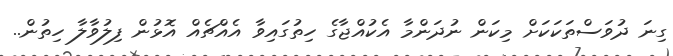
ގިނަ ދުވަސްތަކަކަށް މިކަން ނުދަންމާ އެކުއްޖާގެ ހިތުގައިވާ އެއްޗެއް އޮޅުން ފިލުވާލާ ހިތުން..